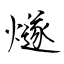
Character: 燧